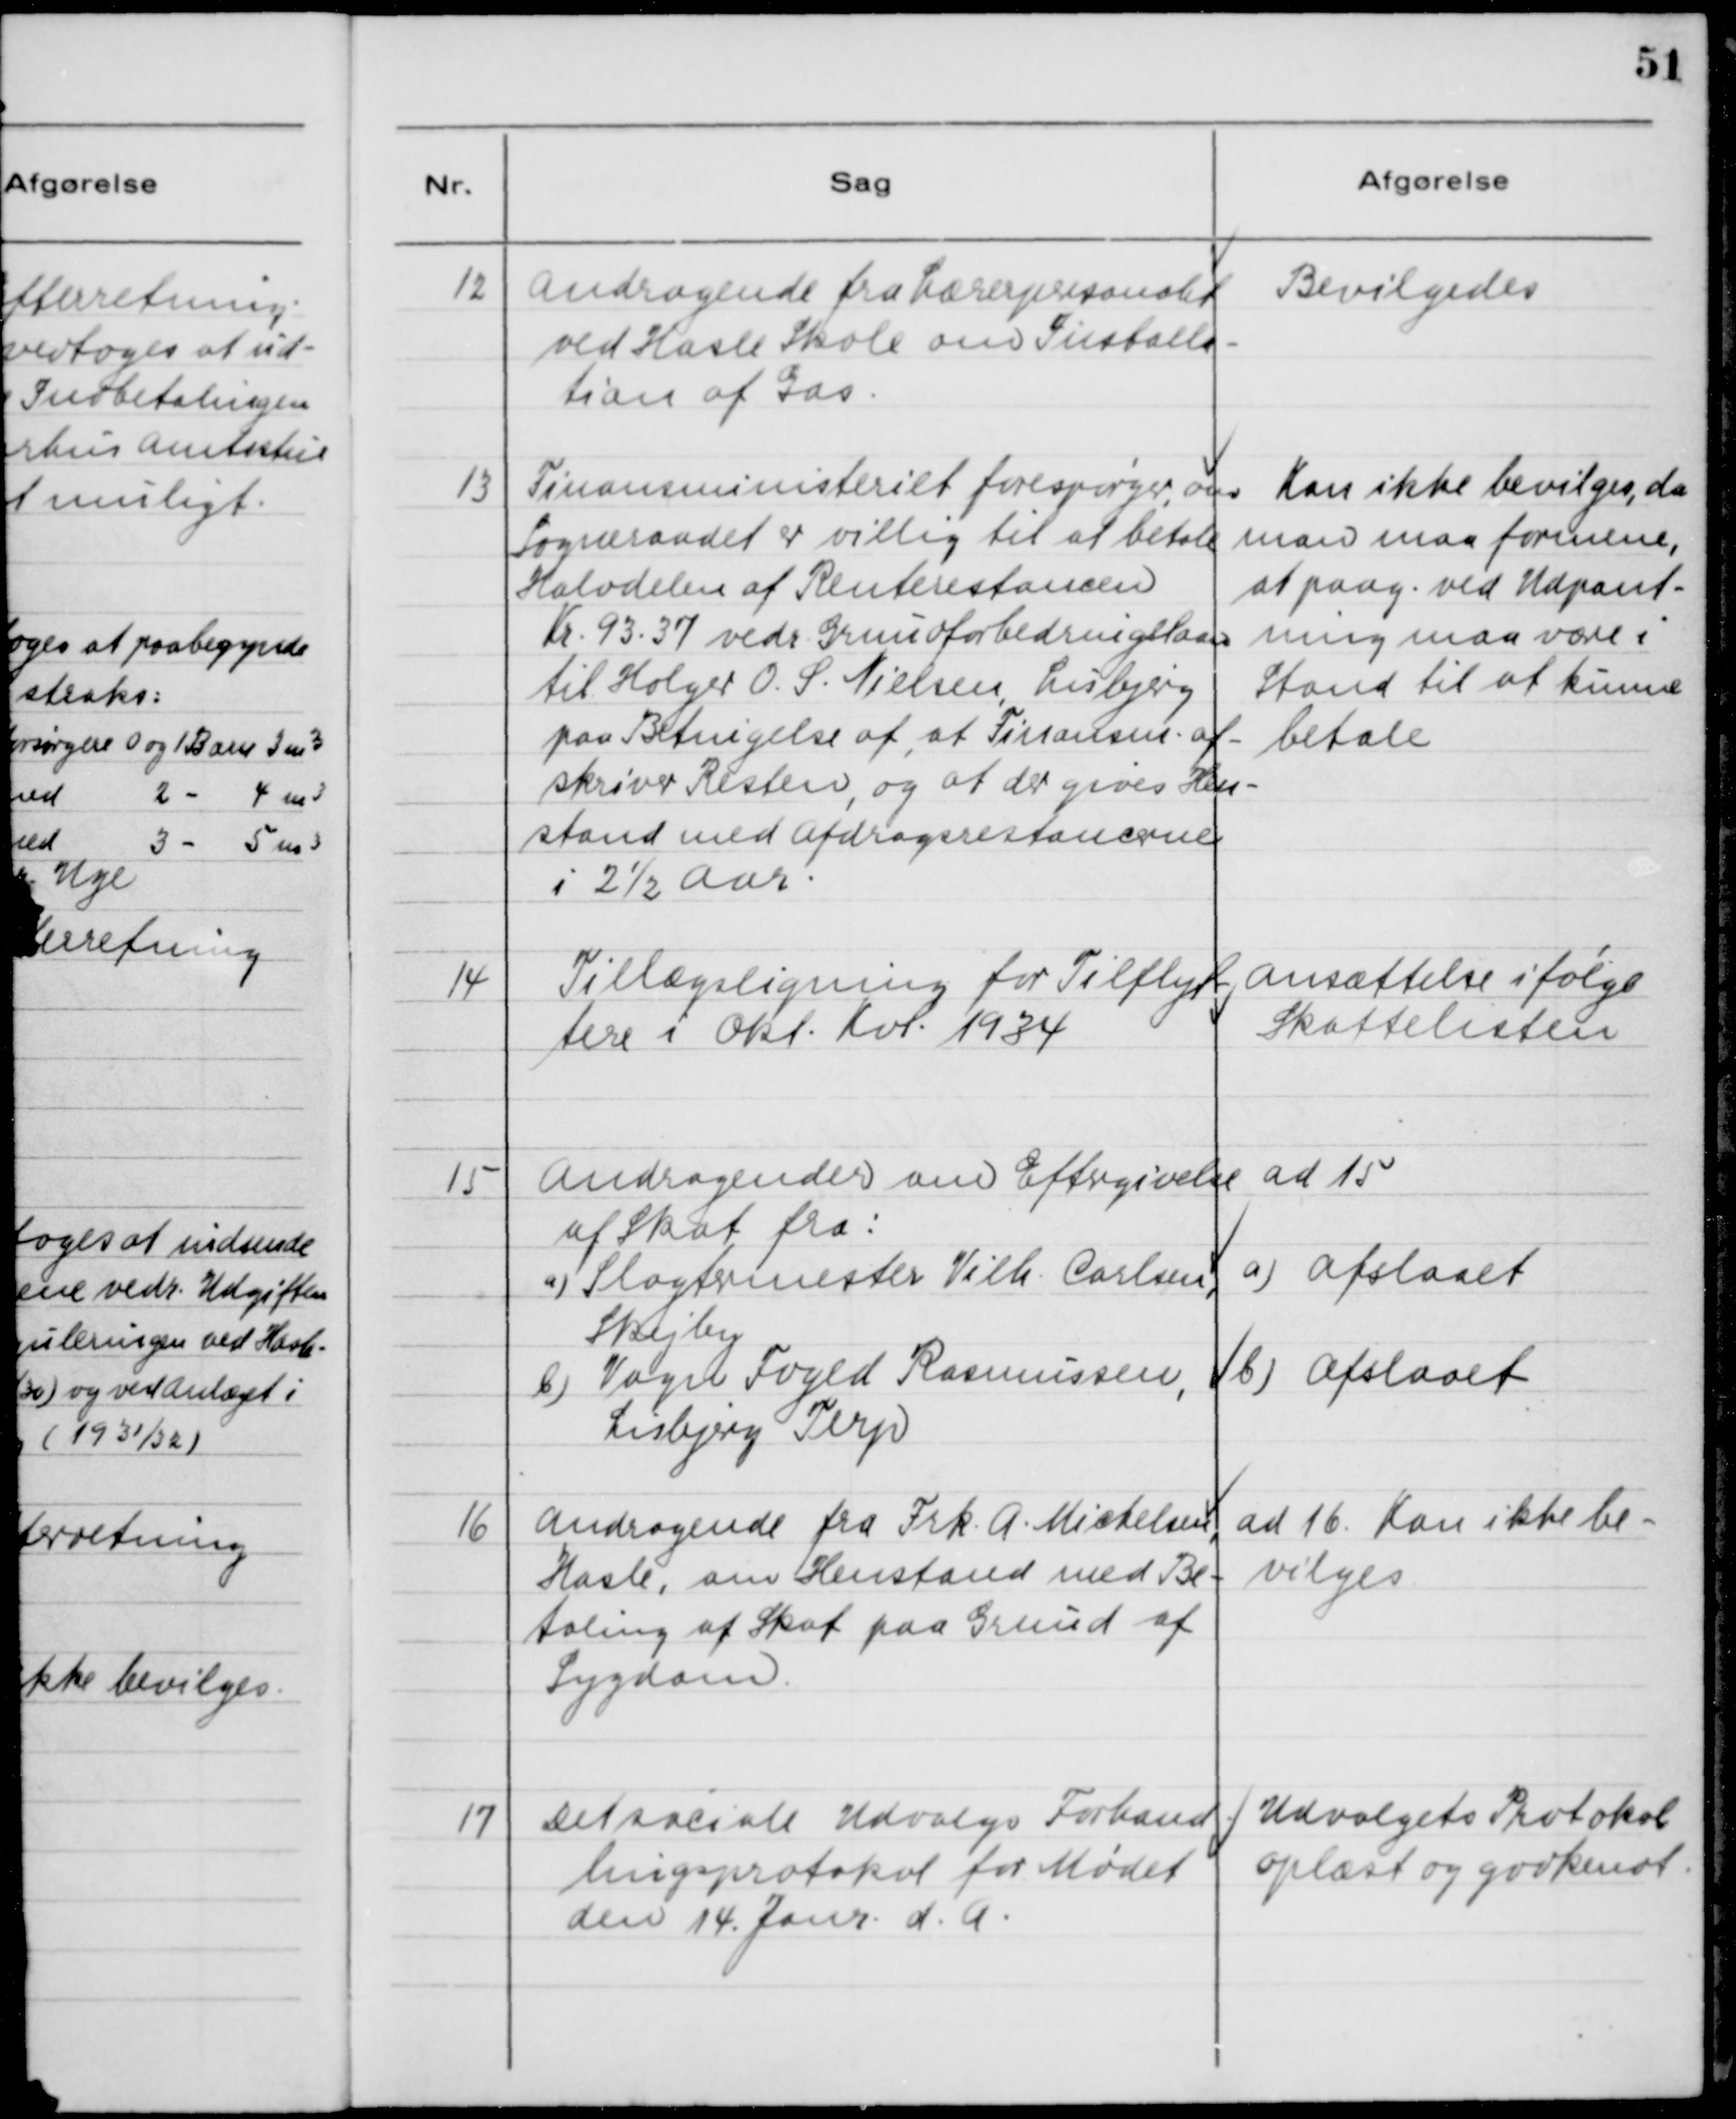
Transskription:
12

Andragende fra Lærerpersonalet
ved Hasle Skole om Installa-
tion af Gas.

Bevilges

13

Finansministeriet forespørger, om
Sogneraadet er villig til at betale
Halvdelen af Renterestancen
Kr. 93.37 vedr. Grundforbedringslaan
til Holger O. S. Nielsen, Lisbjerg
paa Betingelse af, at Finansm. af-
skriver Resten, og at der gives Hen-
stand med Afdragsrestancerne
i 2 1/2 Aar.

Kan ikke bevilges, da
man maa formene,
at paag. ved Udpant-
ning maa være i
Stand til at kunne
betale.

14

Tillægsligning for Tilflyt-
tere i Okt. Kvt. 1934.

Ansættelse ifølge
Skattelisten

15

Andragender om Eftergivelse
af Skat fra:
a) Slagtermester Vilh. Carlsen,
Skejby
b) Vagn Foged Rasmussen,
Lisbjerg Terp

ad 15
a) Afslaaet
b) Afslaaet

16

Andragende fra Frk. A. Michelsen,
Hasle, om Henstand med Be-
taling af Skat paa Grund af
Sygdom.

ad 16. Kan ikke be-
vilges

17

Det sociale Udvalgs Forhand-
lingsprotokol for Mødet
den 14. Janr. d.A.

Udvalgets Protokol
oplæst og Godkendt.